Indian journal of veterinary science and animal husbandry - Volume 10,
Year: 1940
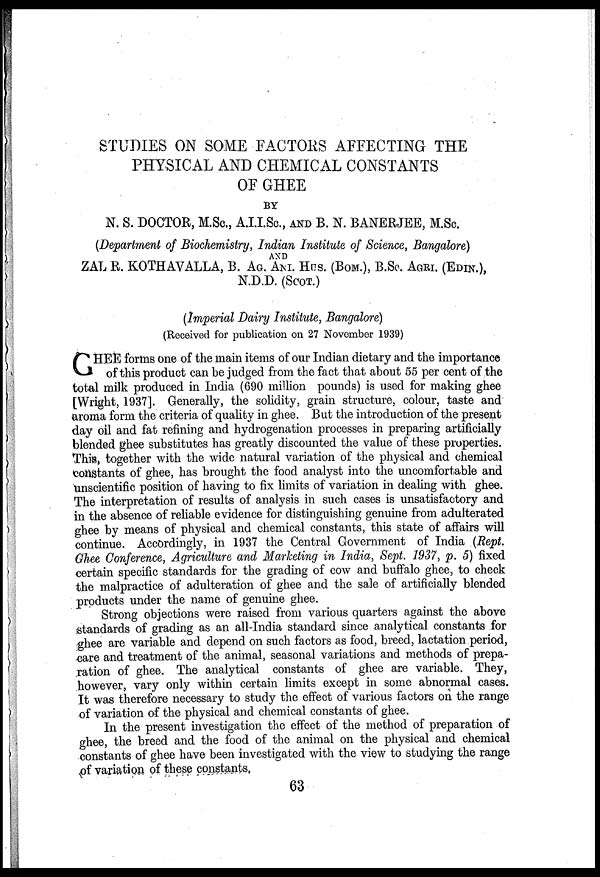
STUDIES ON SOME FACTORS AFFECTING THE
PHYSICAL AND CHEMICAL CONSTANTS
OF GHEE
BY
N. S. DOCTOR, M.Sc., A.I.I.Sc., AND B. N. BANERJEE, M.SC.
(Department of Biochemistry, Indian Institute of Science, Bangalore)
AND
ZAL R. KOTHAVALLA, B. AG. ANI. HUS. (BOM.), B.SC. AGRI. (EDIN.),
N.D.D. (SCOT.)
(Imperial Dairy Institute, Bangalore)
(Received for publication on 27 November 1939)
G HEE forms one of the main items of our Indian dietary and the importance
of this product can be judged from the fact that about 55 per cent of the
total milk produced in India (690 million pounds) is used for making ghee
[Wright, 1937]. Generally, the solidity, grain structure, colour, taste and
aroma form the criteria of quality in ghee. But the introduction of the present
day oil and fat refining and hydrogenation processes in preparing artificially
blended ghee substitutes has greatly discounted the value of these properties.
This, together with the wide natural variation of the physical and chemical
constants of ghee, has brought the food analyst into the uncomfortable and
unscientific position of having to fix limits of variation in dealing with ghee.
The interpretation of results of analysis in such cases is unsatisfactory and
in the absence of reliable evidence for distinguishing genuine from adulterated
ghee by means of physical and chemical constants, this state of affairs will
continue. Accordingly, in 1937 the Central Government of India (Rept.
Ghee Conference, Agriculture and Marketing in India, Sept. 1937, p. 5) fixed
certain specific standards for the grading of cow and buffalo ghee, to check
the malpractice of adulteration of ghee and the sale of artificially blended
products under the name of genuine ghee.
Strong objections were raised from various quarters against the above
standards of grading as an all-India standard since analytical constants for
ghee are variable and depend on such factors as food, breed, lactation period,
care and treatment of the animal, seasonal variations and methods of prepa-
ration of ghee. The analytical constants of ghee are variable. They,
however, vary only within certain limits except in some abnormal cases.
It was therefore necessary to study the effect of various factors on the range
of variation of the physical and chemical constants of ghee.
In the present investigation the effect of the method of preparation of
ghee, the breed and the food of the animal on the physical and chemical
constants of ghee have been investigated with the view to studying the range
of variation of these constants,
63